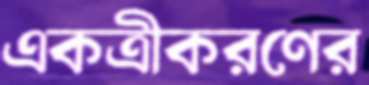
একত্রীকরণের